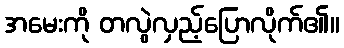
အမေးကို တလွဲလှည့်ပြောလိုက်၏။